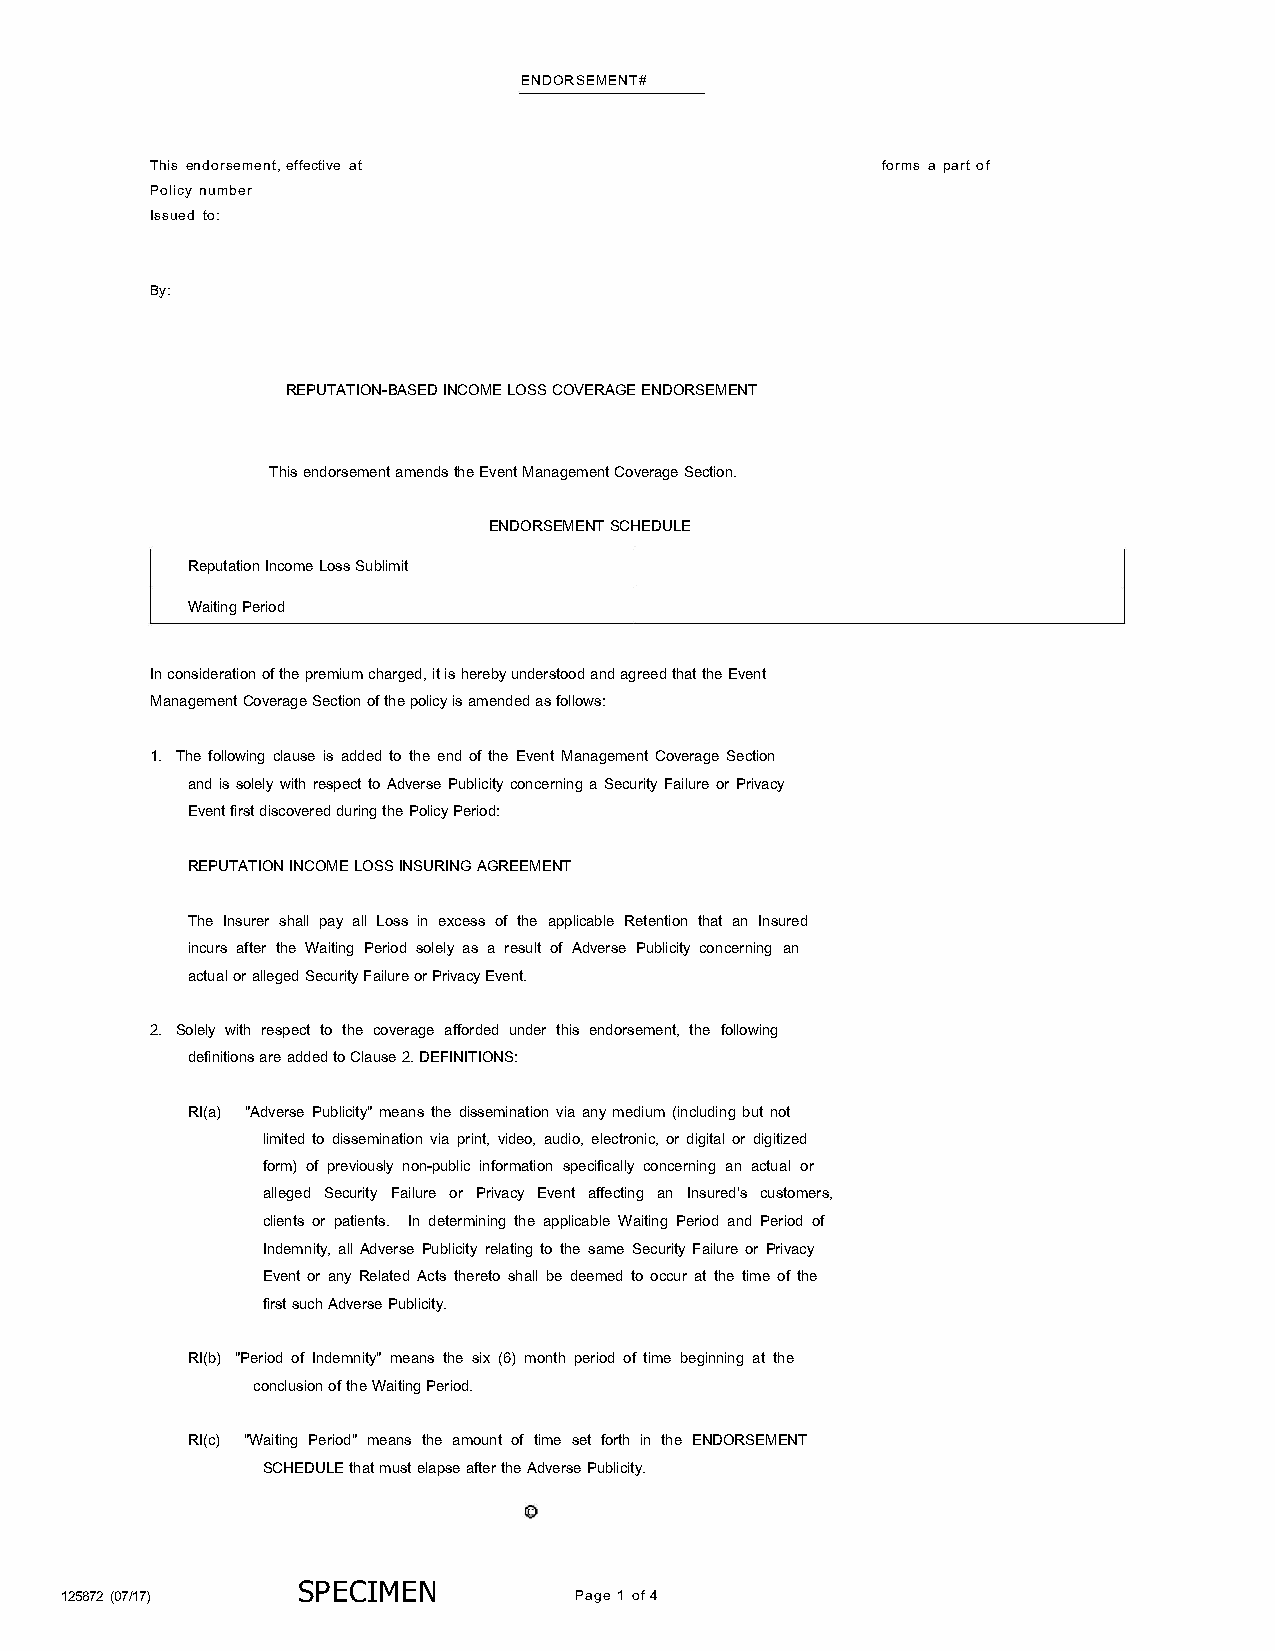
ENDORSEMENT#
 This endorsement, effective at                  forms a part of
 Policy number
 Issued to:
 By:
 REPUTATION-BASED INCOME LOSS COVERAGE ENDORSEMENT
 This endorsement amends the Event Management Coverage Section.
 ENDORSEMENT SCHEDULE
 Reputation Income Loss Sublimit
 Waiting Period
 In consideration of the premium charged, it is hereby understood and agreed that the Event
 Management Coverage Section of the policy is amended as follows:
 1. The following clause is added to the end of the Event Management Coverage Section
 and is solely with respect to Adverse Publicity concerning a Security Failure or Privacy
 Event first discovered during the Policy Period:
 REPUTATION INCOME LOSS INSURING AGREEMENT
 The Insurer shall pay all Loss in excess of the applicable Retention that an Insured
 incurs after the Waiting Period solely as a result of Adverse Publicity concerning an
 actual or alleged Security Failure or Privacy Event.
 2. Solely with respect to the coverage afforded under this endorsement, the following
 definitions are added to Clause 2. DEFINITIONS:
 RI(a) "Adverse Publicity" means the dissemination via any medium (including but not
 limited to dissemination via print, video, audio, electronic, or digital or digitized
 form) of previously non-public information specifically concerning an actual or
 alleged Security Failure or Privacy Event affecting an Insured's customers,
 clients or patients. In determining the applicable Waiting Period and Period of
 Indemnity, all Adverse Publicity relating to the same Security Failure or Privacy
 Event or any Related Acts thereto shall be deemed to occur at the time of the
 first such Adverse Publicity.
 RI(b) "Period of Indemnity" means the six (6) month period of time beginning at the
 conclusion of the Waiting Period.
 RI(c) "Waiting Period" means the amount of time set forth in the ENDORSEMENT
 SCHEDULE that must elapse after the Adverse Publicity.
 125872 (07/ 17) SP ECIMEN         Page 1 of 4